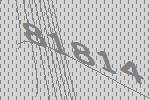
81814